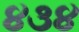
૪૩૪